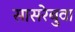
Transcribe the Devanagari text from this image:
सासरेबुवा